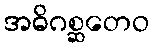
အဓိဂစ္ဆတေဝ